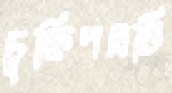
চুক্তিপত্রটি